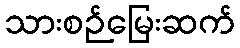
သားစဉ်မြေးဆက်